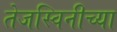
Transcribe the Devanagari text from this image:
तेजस्विनीच्या